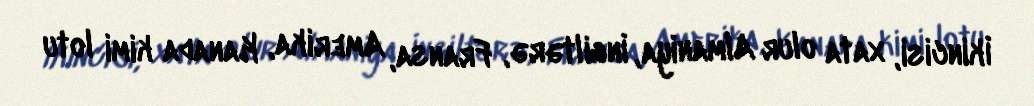
İkincisi, xata olur Almaniya, İngiltərə, Fransa, Amerika, Kanada kimi lotu